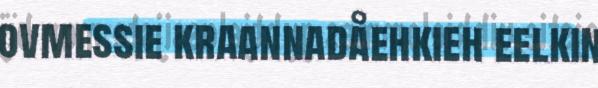
ovmessie kraannadåehkieh eelkin